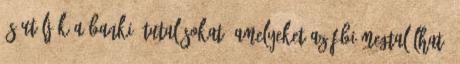
és utálják a banki átutalásokat, amelyeket az FBI megtalálhat.